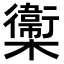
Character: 𣟉